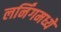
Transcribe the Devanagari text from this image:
लर्निंगमध्ये